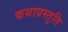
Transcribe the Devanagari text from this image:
कथाप्रस्तुति